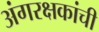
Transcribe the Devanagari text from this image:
अंगरक्षकांची